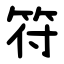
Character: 符